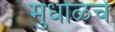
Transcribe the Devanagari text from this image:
मुधोळचे